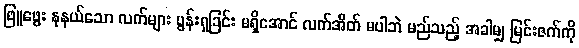
ဖြူဖွေး နုနယ်သော လက်များ ပွန်းရှခြင်း မရှိအောင် လက်အိတ် မပါဘဲ မည်သည့် အခါမျှ မြင်းဇက်ကို